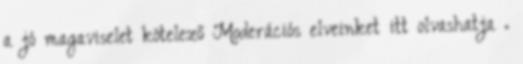
a jó magaviselet kötelező Moderációs elveinket itt olvashatja .